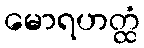
မောရဟတ္ထံ